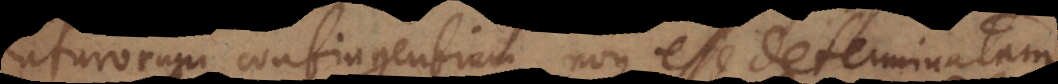
futurorum contingentium non esse determinatam